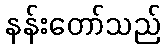
နန်းတော်သည်